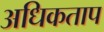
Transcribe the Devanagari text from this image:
अधिकताप